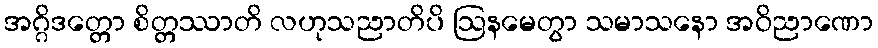
အဂ္ဂိဒတ္တော စိတ္တဿာတိ လဟုသညာတိပိ ဩနမေတွာ သမာသနော အဝိညာဏော